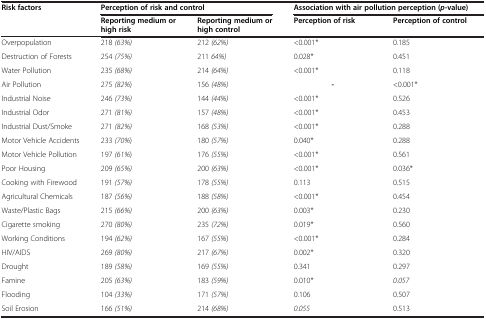
| <ROWSPAN=2> Risk factors | <COLSPAN=2> Perception of risk and control | <COLSPAN=2> Association with air pollution perception ( p -value) |
 | Reporting medium or high risk | Reporting medium or high control | Perception of risk | Perception of control |
 | --- | --- | --- | --- | --- |
 | Overpopulation | 218 (63%) | 212 (62%) | <0.001* | 0.185 |
 | Destruction of Forests | 254 (75%) | 211 64%) | 0.028* | 0.451 |
 | Water Pollution | 235 (68%) | 214 (64%) | <0.001* | 0.118 |
 | Air Pollution | 275 (82%) | 156 (48%) | - | <0.001* |
 | Industrial Noise | 246 (73%) | 144 (44%) | <0.001* | 0.526 |
 | Industrial Odor | 271 (81%) | 157 (48%) | <0.001* | 0.453 |
 | Industrial Dust/Smoke | 271 (82%) | 168 (53%) | <0.001* | 0.288 |
 | Motor Vehicle Accidents | 233 (70%) | 180 (57%) | 0.040* | 0.288 |
 | Motor Vehicle Pollution | 197 (61%) | 176 (55%) | <0.001* | 0.561 |
 | Poor Housing | 209 (65%) | 200 (63%) | <0.001* | 0.036* |
 | Cooking with Firewood | 191 (57%) | 178 (55%) | 0.113 | 0.515 |
 | Agricultural Chemicals | 187 (56%) | 188 (58%) | <0.001* | 0.454 |
 | Waste/Plastic Bags | 215 (66%) | 200 (63%) | 0.003* | 0.230 |
 | Cigarette smoking | 270 (80%) | 235 (72%) | 0.019* | 0.560 |
 | Working Conditions | 194 (62%) | 167 (55%) | <0.001* | 0.284 |
 | HIV/AIDS | 269 (80%) | 217 (67%) | 0.002* | 0.320 |
 | Drought | 189 (58%) | 169 (55%) | 0.341 | 0.297 |
 | Famine | 205 (63%) | 183 (59%) | 0.010* | 0.057 |
 | Flooding | 104 (33%) | 171 (57%) | 0.106 | 0.507 |
 | Soil Erosion | 166 (51%) | 214 (68%) | 0.055 | 0.513 |